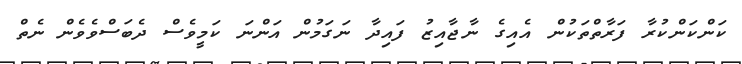
ކަންކަންކުރާ ފަރާތްތަކުން އެއިގެ ނާޖާއިޒު ފައިދާ ނަގަމުން އަންނަ ކަމީވެސް ދެބަސްވެވެން ނެތް